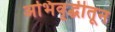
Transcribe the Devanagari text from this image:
अभिवृद्धीतून